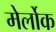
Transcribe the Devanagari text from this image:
मेर्लोक